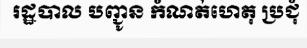
រដ្ឋបាល បញ្ជូន កំណត់ហេតុ ប្រជុំ